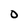
Character: O